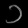
Digit: ၁